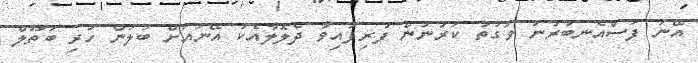
އޭނަ ފަސްއެނބުރުނު ވަގުތު ކަރުނުން ފުރިފައިވާ ދެލޮލާއެކު އޭނައަށް ބަލަން ހުރި ބަތޫލް